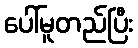
ပေါ်မူတည်ပြီး